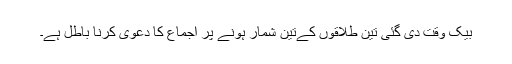
بیک وقت دی گئی تین طلاقوں کےتین شمار ہونے پر اجماع کا دعویٰ کرنا باطل ہے۔